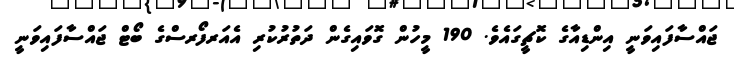
ޖައްސާފައިވަނީ އިންޑިއާގެ ކޮޗީގައެވެ. 190 މީހުން ގޮވައިގެން ދަތުރުކުރި އެއަރފޯރސްގެ ބޯޓް ޖައްސާފައިވަނީ